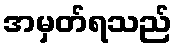
အမှတ်ရသည်